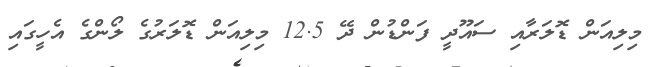
މިލިއަން ޑޮލަރާއި ސައޫދީ ފަންޑުން ދޭ 12.5 މިލިއަން ޑޮލަރުގެ ލޯންގެ އެހީގައި